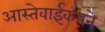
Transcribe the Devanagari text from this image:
आस्तेवाईकपने